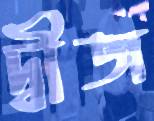
দ্বীজ